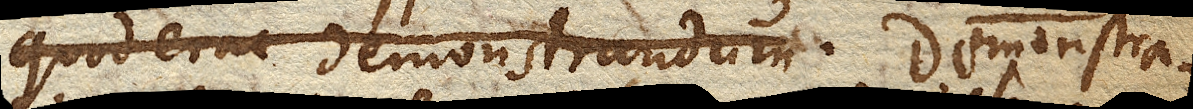
quod erat demonstrandum. Demonstra–